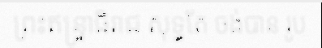
ព្រះឥន្ទ្រាធិរាជ សុទ្ធតែ ចង់បាន រូប